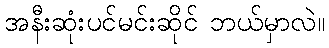
အနီးဆုံးပင်မင်းဆိုင် ဘယ်မှာလဲ။